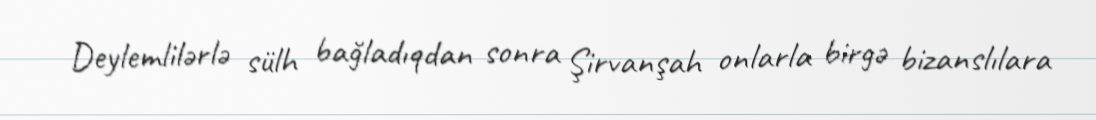
Deylemlilərlə sülh bağladıqdan sonra Şirvanşah onlarla birgə bizanslılara